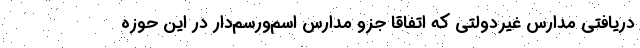
دریافتی مدارس غیردولتی که اتفاقاً جزو مدارس اسم‌ورسم‌دار در این حوزه